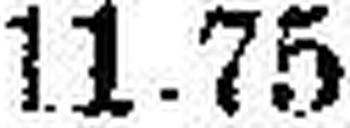
11.75